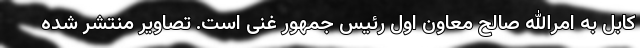
کابل به امرالله صالح معاون اول رئیس جمهور غنی است. تصاویر منتشر شده